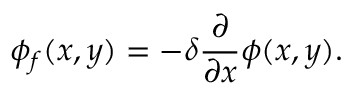
\phi _ { f } ( x , y ) = - \delta \frac { \partial } { \partial x } \phi ( x , y ) .